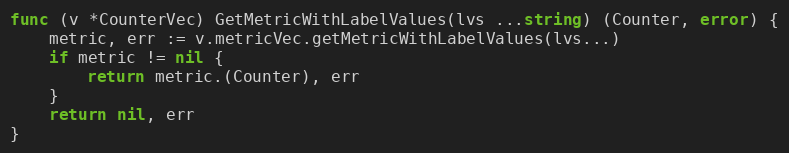
Language: Go
func (v *CounterVec) GetMetricWithLabelValues(lvs ...string) (Counter, error) {
	metric, err := v.metricVec.getMetricWithLabelValues(lvs...)
	if metric != nil {
		return metric.(Counter), err
	}
	return nil, err
}